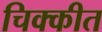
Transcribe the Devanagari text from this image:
चिक्कीत